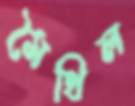
মৈথিল